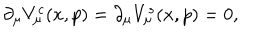
\partial _ { \mu } V _ { \mu } ^ { c } ( x , p ) = \partial _ { \mu } V _ { \mu } ^ { s } ( x , p ) = 0 ,